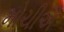
મોચીએ